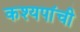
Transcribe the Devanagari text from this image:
कश्यपांची